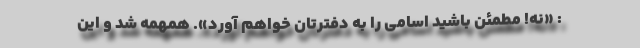
: «نه! مطمئن باشید اسامی را به دفترتان خواهم آورد». همهمه شد و این